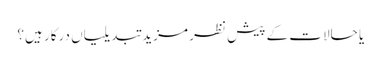
یا حالات کے پیش نظر مزید تبدیلیاں درکار ہیں؟